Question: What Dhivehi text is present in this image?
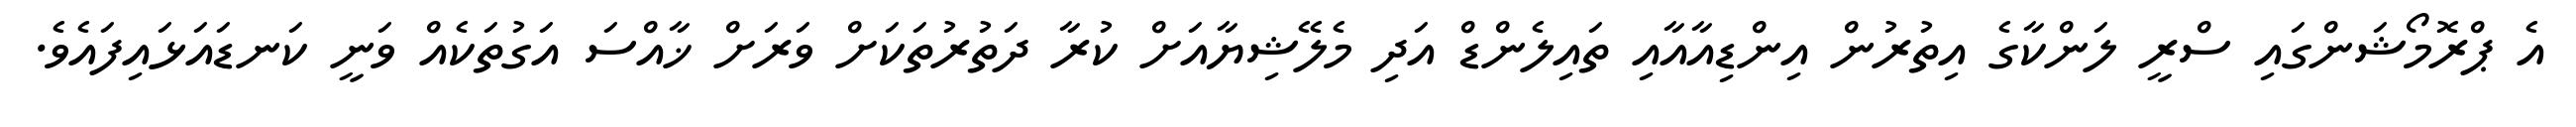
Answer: އެ ޕްރޮމޯޝަންގައި ސްރީ ލަންކާގެ އިތުރުން އިންޑިއާއާއި ތައިލެންޑް އަދި މެލޭޝިޔާއަށް ކުރާ ދަތުރުތަކަށް ވަރަށް ޚާއްސަ އަގުތަކެއް ވަނީ ކަނޑައަޅައިފައެވެ.